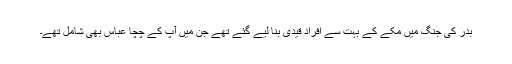
بدر کی جنگ میں مکے کے بہت سے افراد قیدی بنا لیے گئے تھے جن میں آپ کے چچا عباسؓ بھی شامل تھے۔